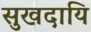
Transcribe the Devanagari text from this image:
सुखदायि